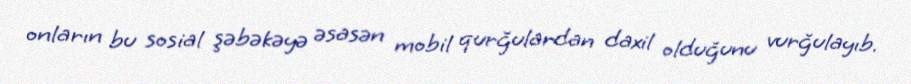
onların bu sosial şəbəkəyə əsasən mobil qurğulardan daxil olduğunu vurğulayıb.